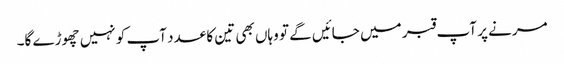
مرنے پر آپ قبر میں جائیں گے تو وہاں بھی تین کا عدد آپ کو نہیں چھوڑے گا۔